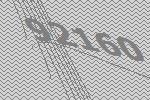
92160